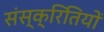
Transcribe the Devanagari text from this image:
संस्क्रितियों